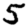
Digit: 5